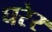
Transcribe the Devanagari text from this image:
घरेर